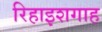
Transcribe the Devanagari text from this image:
रिहाइशगाह